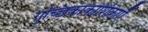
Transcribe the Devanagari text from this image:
गुच्छिकाकोशिकाएँ